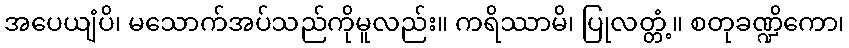
အပေယျံပိ၊ မသောက်အပ်သည်ကိုမူလည်း။ ကရိဿာမိ၊ ပြုလတ္တံ့။ စတုခဏ္ဍိကော၊